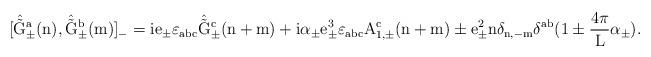
LaTeX: \begin{align*}[\hat{\tilde{\rm G}}_{\pm}^a(n), \hat{\tilde{\rm G}}_{\pm}^b(m)]_{-}=ie_{\pm} \varepsilon_{abc} \hat{\tilde{\rm G}}_{\pm}^c(n+m)+i{\alpha}_{\pm} e_{\pm}^3 \varepsilon_{abc} A_{1,\pm}^c(n+m)\pm e_{\pm}^2 n \delta_{n,-m} \delta^{ab} (1 \pm \frac{4\pi}{\rm L}\alpha_{\pm} ).\end{align*}